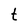
Character: t